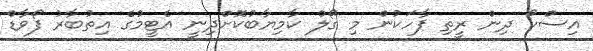
އިސްކޯ ދިން ރީތި ޕާހަކުން މި ގޯލް ކާމިޔާބުކޮށްދިނީ އެޓީމުގެ އިތުބާރު ފޯވާޑް